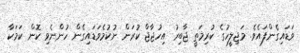
ވަޑައިގެންފައެވެ. މަޖިލީހުގެ ކުރިމަތީ ޖާބިރު އިހުޖާޖް ކުރަން ނުކުމެވަޑައިގެން ހުންނެވި ކޮން ކަމަކާ